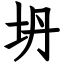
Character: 坍